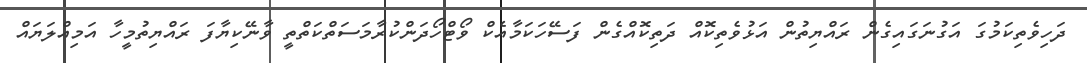
ދަހިވެތިކަމުގަ އަގުނަގައިގެން ރައްޔިތުން އަޅުވެތިކޮއް ދަތިކޮއްގެން ފަސޭހަކަމާއެކް ވޯޓްހޯދަންކުރާމަސަތްކަތްތީ ވާނޭކިޔާފަ ރައްޔިތުމީހާ އަމިއްލަޔައް